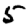
Digit: 5